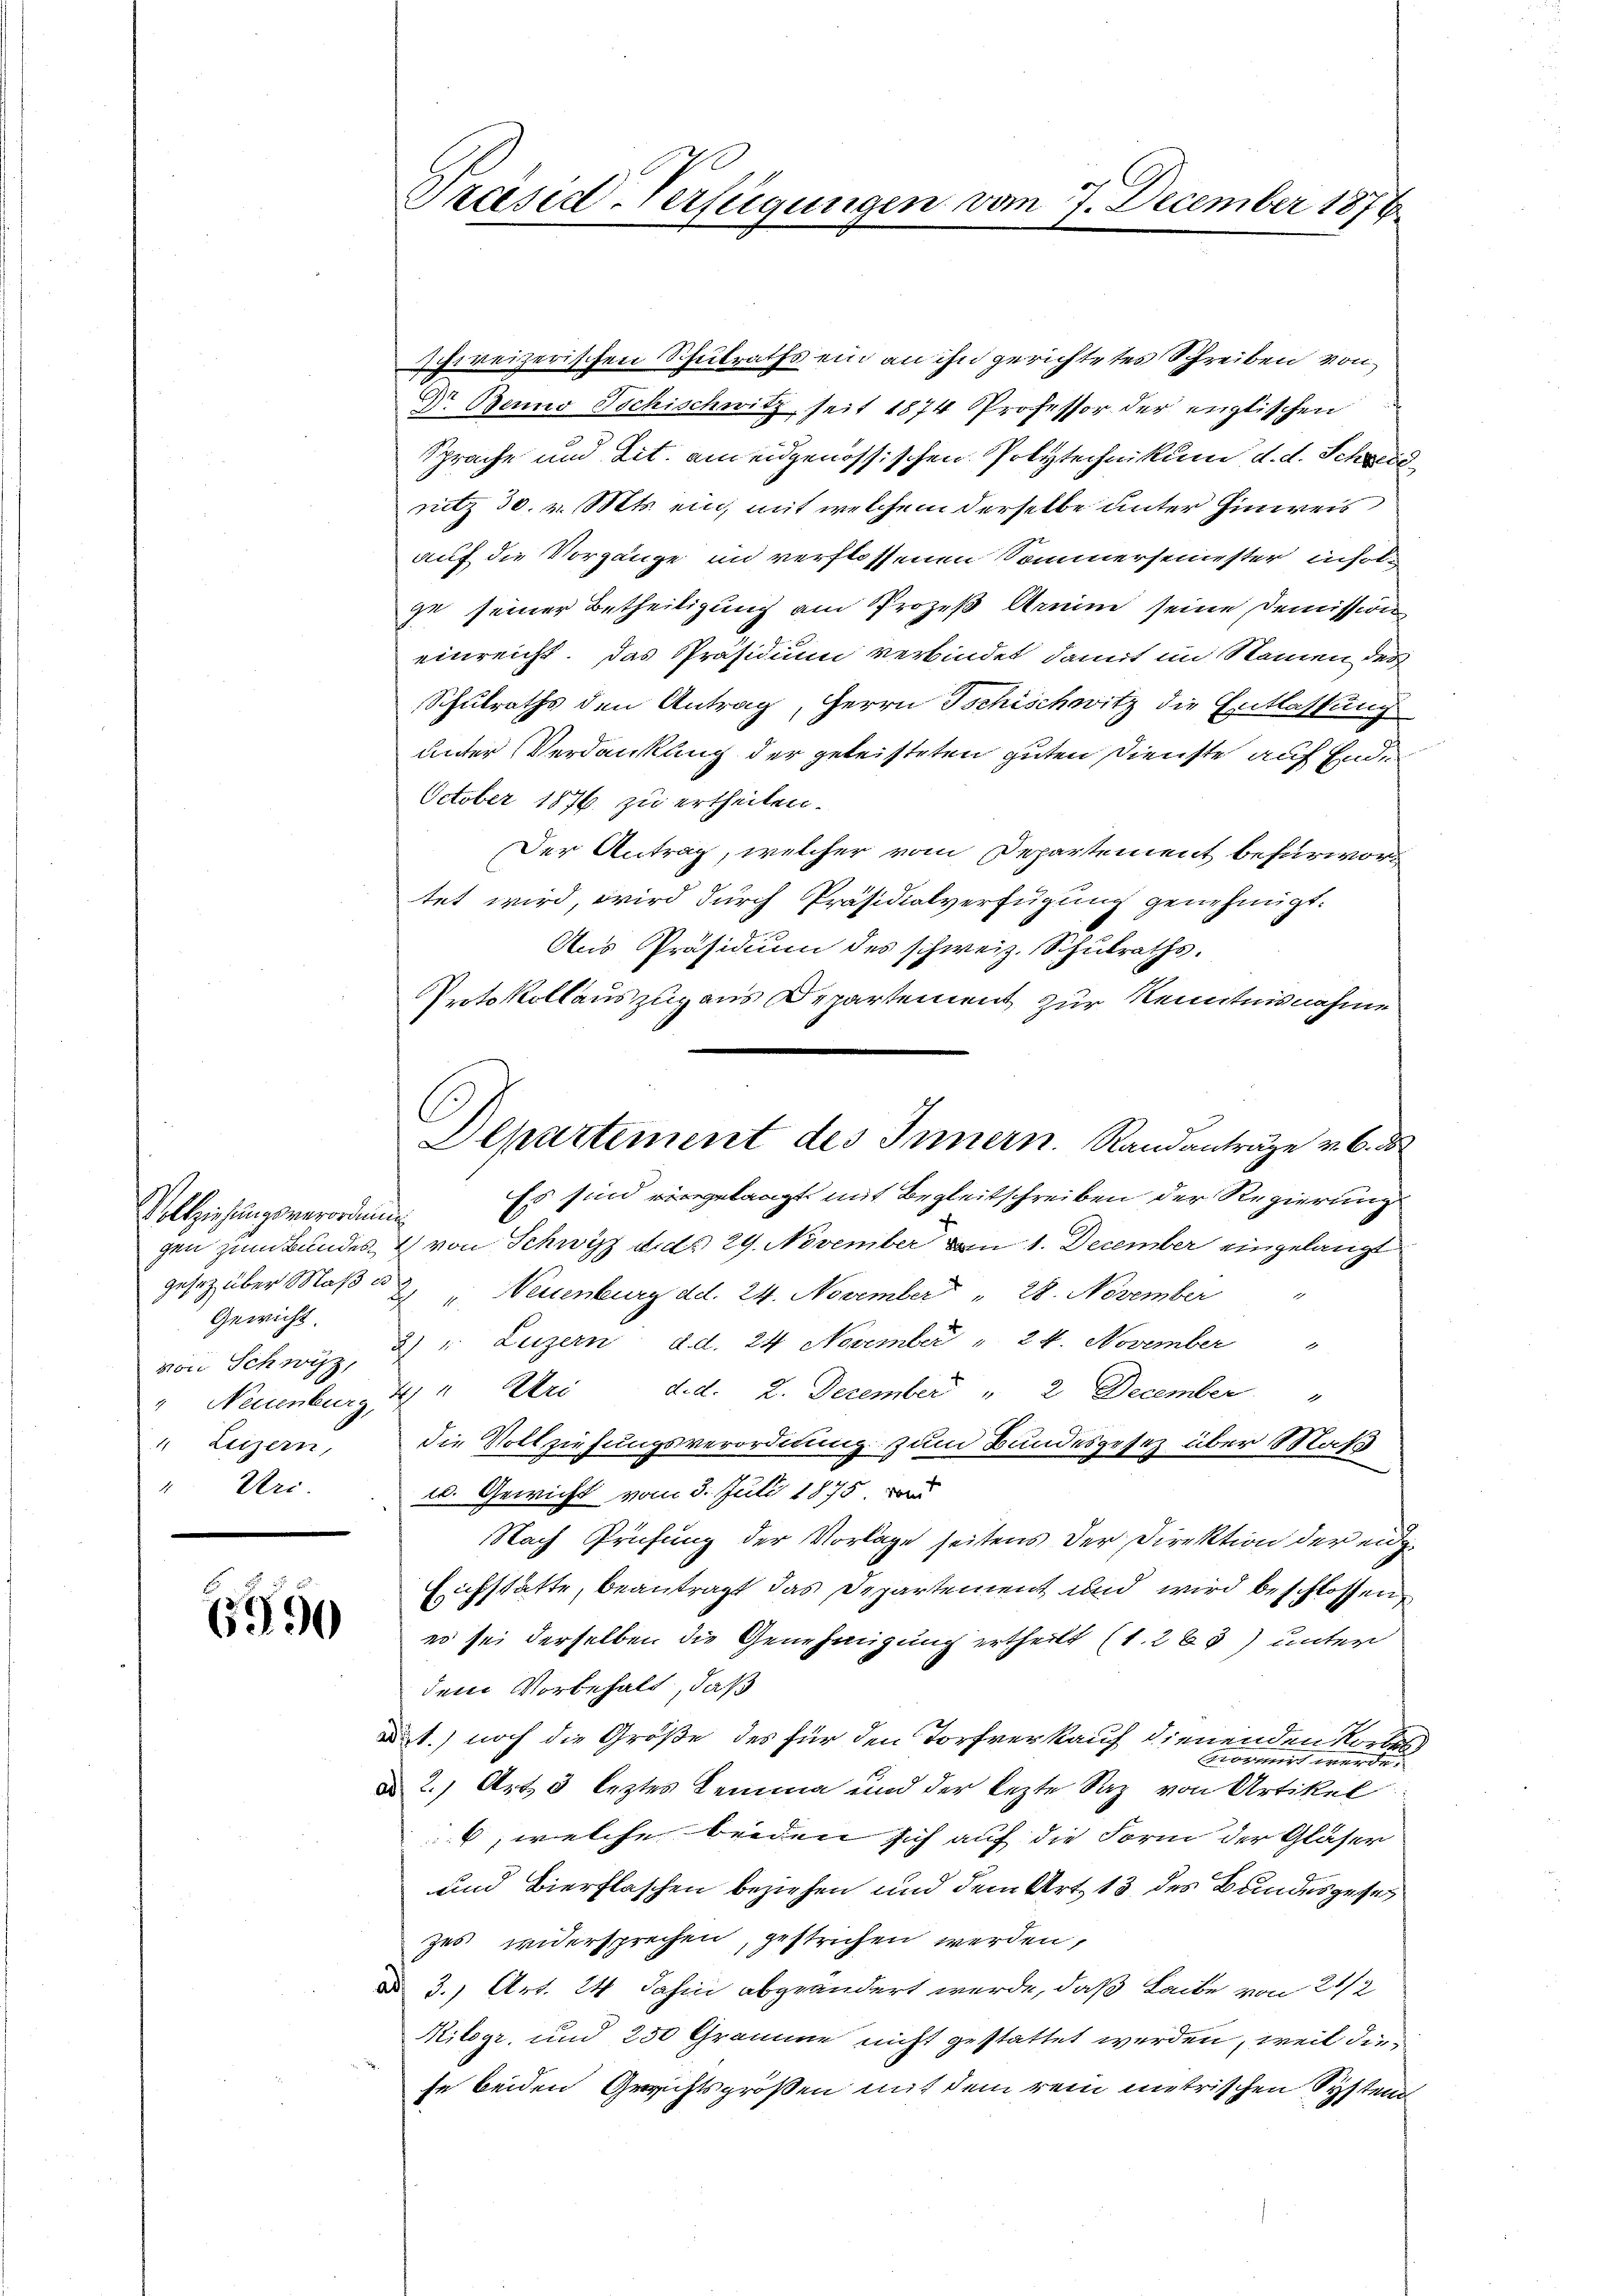
Vollziehungsverordnung
Gewicht.
"Uri.

690

Ichireizerischen Schulraths ein an ihn gerichtetes Schreiben von
Dr Benno Jochischwitz, seit 1874 Professor der englischen
Sprache und Tit. am eidgenössischen Polytechnikum d. d. Schweidnitz 30. v. Mts. ein, mit welchem derselbe unter Einweis
auf die Vorgänge in verflossenen Sommersemester insolge seiner Betheiligung am Prozeß Armin seine Demission
einreicht. Das Präsidium verbindet, damit im Namen der
Schulraths den Antrag, Herrn Tschischwitz die Entlassung
unter Verdankung der geleisteten guten Dienste auf Ei¬
October 1876 zu ertheilen.
Der Antrag, welcher vom Departement befürwortet wird, wird durch Präsidialverfügung genehmigt.
Aus Präsidium des schweiz. Schulraths.
Protokollauszug aus Departement zur Kenntnisnahme
Es sind gelangt mit Begleitschreiben der Regierung
gen zum Bundes & von Schwyz d. d. 29. November von 1. December eingelangt
gesetz über Maß & „Neuenburg dd. 24. November " 28. November
von Schwyz, 2 u. Luzern d.d. 24 November " 24. November "
" Neuenburg 14 " Uri d.d. 2. Dezember " 2 December "
"Luzern, die Vollziehungsverordnung zum Bundesgesetz über Maß
u. Gewicht vom 3. Juli 1875. D
Nach Prüfung der Vorlage seitens der Direktion der end¬
Eichstatte, beantragt das Departement und wird beschlossen,
es sei derselben die Genehmigung ertheilt (1263) unter
dem Vorbehalt, daß
1.) noch die Größe des für den Torfverkauf dienenden Vorbeh
mormirt werde.
dd 2., Art 3 leztes Lemma und der lezte Saz von Artikel
, welche beiden sich auf die Form der Gläser
und Bierflaschen beziehen und dem Art. 13 des Bundesgesetz
zes widersprechen, gestrichen werden,
dd 3., Art. 24 Jahin abgeändert werde, daß Lacke von 21/2
Kilogr, und 250 Gramme nicht gestattet werden, weil diese beiden Gerichtsgrößen mit dem rein metrischen Systend

Praeser Verfügungen vom 7. December 1876.

Departement des Innern. Randanträge v. 6. d